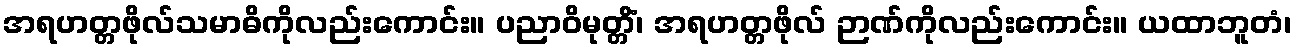
အရဟတ္တဖိုလ်သမာဓိကိုလည်းကောင်း။ ပညာဝိမုတ္တိံ၊ အရဟတ္တဖိုလ် ဉာဏ်ကိုလည်းကောင်း။ ယထာဘူတံ၊